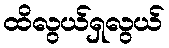
ထိလွယ်ရှလွယ်